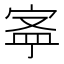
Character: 𡨬